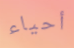
أحياء